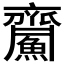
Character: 𪗏